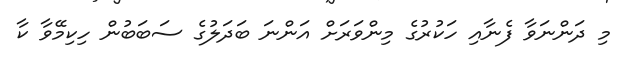
މި ދަންނަވާ ފެނާއި ހަކުރުގެ މިންވަރަށް އަންނަ ބަދަލުގެ ސަބަބުން ހިކިމޭވާ ކާ